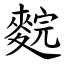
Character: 䴷